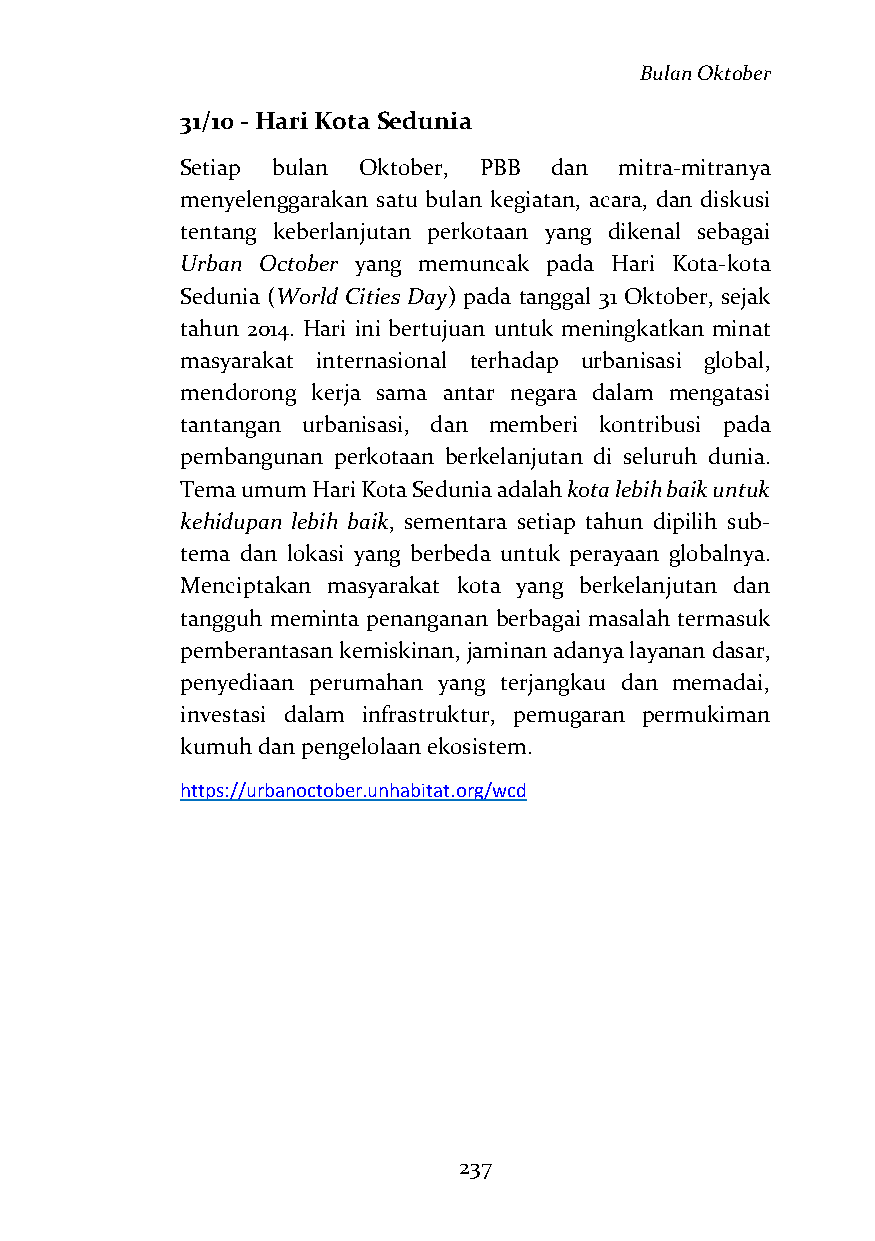
Bulan Oktober
 31/10 - Hari Kota Sedunia
 Setiap bulan Oktober, PBB dan mitra-mitranya
 menyelenggarakan satu bulan kegiatan, acara, dan diskusi
 tentang keberlanjutan perkotaan yang dikenal sebagai
 Urban October yang memuncak pada Hari Kota-kota
 Sedunia (World Cities Day) pada tanggal 31 Oktober, sejak
 tahun 2014. Hari ini bertujuan untuk meningkatkan minat
 masyarakat internasional terhadap urbanisasi global,
 mendorong kerja sama antar negara dalam mengatasi
 tantangan urbanisasi, dan memberi kontribusi pada
 pembangunan perkotaan berkelanjutan di seluruh dunia.
 Tema umum Hari Kota Sedunia adalah kota lebih baik untuk
 kehidupan lebih baik, sementara setiap tahun dipilih sub-
 tema dan lokasi yang berbeda untuk perayaan globalnya.
 Menciptakan masyarakat kota yang berkelanjutan dan
 tangguh meminta penanganan berbagai masalah termasuk
 pemberantasan kemiskinan, jaminan adanya layanan dasar,
 penyediaan perumahan yang terjangkau dan memadai,
 investasi dalam infrastruktur, pemugaran permukiman
 kumuh dan pengelolaan ekosistem.
 https://urbanoctober.unhabitat.org/wcd
 237